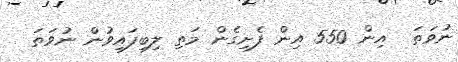
ނުވަތަ  އިން 550 އިން ފެށިގެން މަތި ލިބިފައިވުން ނުވަތަ